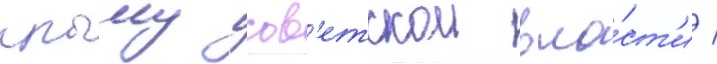
крыму сов'етскои вла́ст'и /